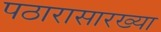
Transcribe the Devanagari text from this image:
पठारासारख्या